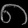
Digit: ၈